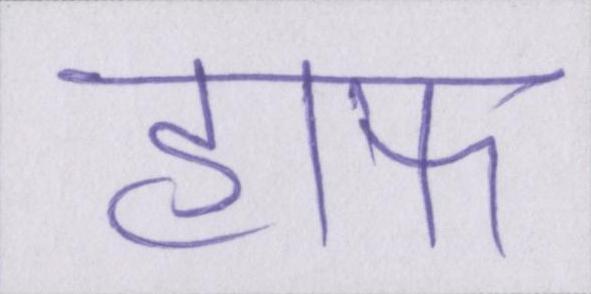
हाफ